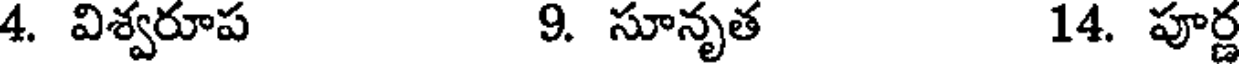
4. విశ్వరూప 9. సూనృత 14. పూర్ణ